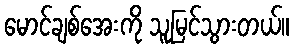
မောင်ချစ်အေးကို သူမြင်သွားတယ်။